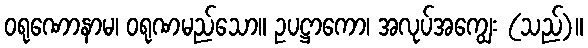
ဝရုဏောနာမ၊ ဝရုဏမည်သော။ ဥပဋ္ဌာကော၊ အလုပ်အကျွေး (သည်)။